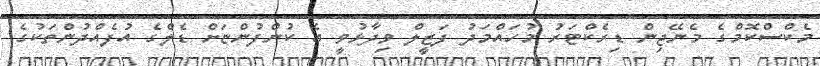
މެކްސްކޮމްގެ މެނޭޖިން ޑިރެކްޓަރު މުހައްމަދު ފަޒީލް ވިދާޅުވީ އެ ކުންފުންޏަށް ޑެލްގެ އުފެއްދުންތަކުގެ